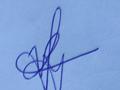
Signature authenticity: genuine